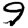
Digit: 9